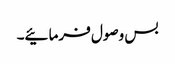
بس وصول فرمائیے۔